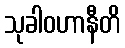
သုခါဝဟာနီတိ